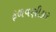
ફળવણીકાર